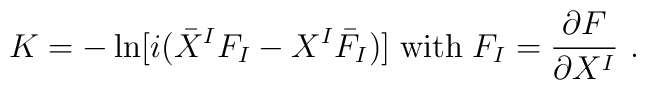
K = - \ln [ i ( \bar{X}^{I} F_{I}-X^{I} {\bar F}_{I} ) ] \; {\rm with} \; F_{I}=\frac{\partial F}{\partial X^{I}}\ .